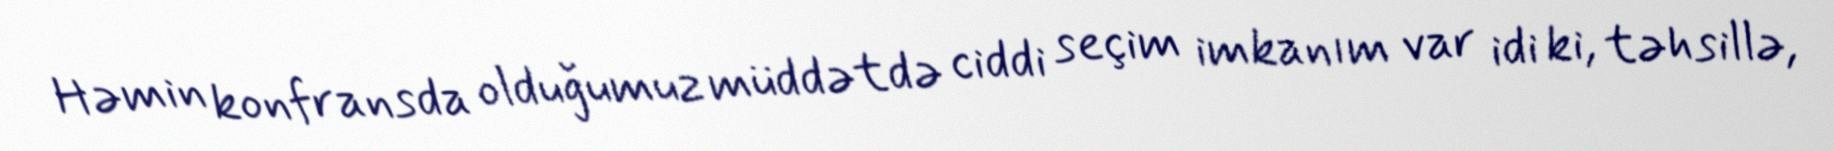
Həmin konfransda olduğumuz müddətdə ciddi seçim imkanım var idi ki, təhsillə,